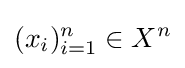
(x_{i})_{i=1}^{n}\in X^{n}